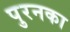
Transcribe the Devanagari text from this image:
पुरनका